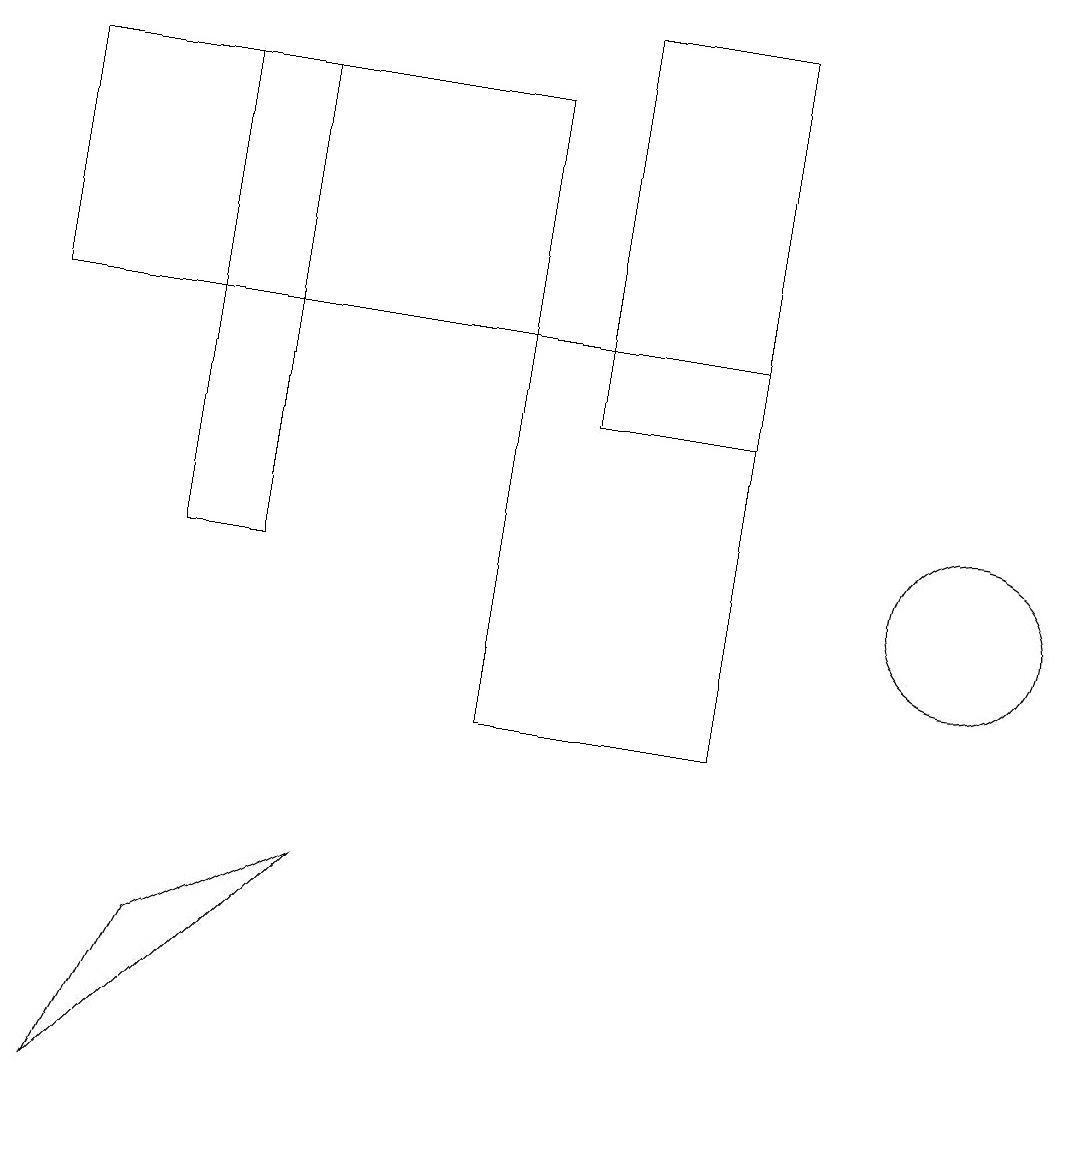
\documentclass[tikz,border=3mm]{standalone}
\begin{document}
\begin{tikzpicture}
\draw (1,5) -- (4,8) -- (2,7) -- cycle;
\draw (9,10) rectangle (6,15);
\draw (2,18) rectangle (3,12);
\draw (12,12) circle (1);
\draw (6,18) rectangle (0,15);
\draw (9,19) rectangle (7,14);
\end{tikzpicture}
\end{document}